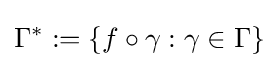
\Gamma ^{*}:=\{f\circ \gamma :\gamma \in \Gamma \}